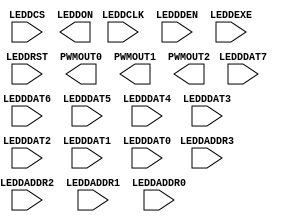
/* verilator lint_off UNUSED */
/* verilator lint_off UNDRIVEN */
(* blackbox *)
module SB_LEDDA_IP(
	input LEDDCS,
	input LEDDCLK,
	input LEDDDAT7,
	input LEDDDAT6,
	input LEDDDAT5,
	input LEDDDAT4,
	input LEDDDAT3,
	input LEDDDAT2,
	input LEDDDAT1,
	input LEDDDAT0,
	input LEDDADDR3,
	input LEDDADDR2,
	input LEDDADDR1,
	input LEDDADDR0,
	input LEDDDEN,
	input LEDDEXE,
	input LEDDRST,
	output PWMOUT0,
	output PWMOUT1,
	output PWMOUT2,
	output LEDDON
);
endmodule
/* verilator lint_on UNUSED */
/* verilator lint_on UNDRIVEN */